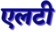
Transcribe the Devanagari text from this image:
एलटी